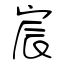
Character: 宸